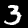
Digit: 3